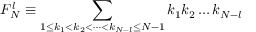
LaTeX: F _ { N } ^ { l } \equiv \sum _ { 1 \leq k _ { 1 } < k _ { 2 } < \dots < k _ { N - l } \leq N - 1 } k _ { 1 } k _ { 2 } \dots k _ { N - l }